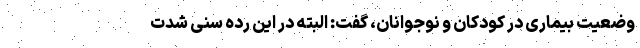
وضعیت بیماری در کودکان و نوجوانان، گفت: البته در این رده سنی شدت